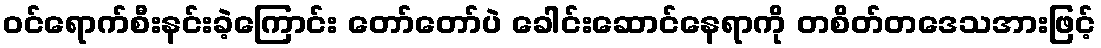
ဝင်ရောက်စီးနင်းခဲ့ကြောင်း တော်တော်ပဲ ခေါင်းဆောင်နေရာကို တစိတ်တဒေသအားဖြင့်